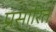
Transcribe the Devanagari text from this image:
प्रसारित